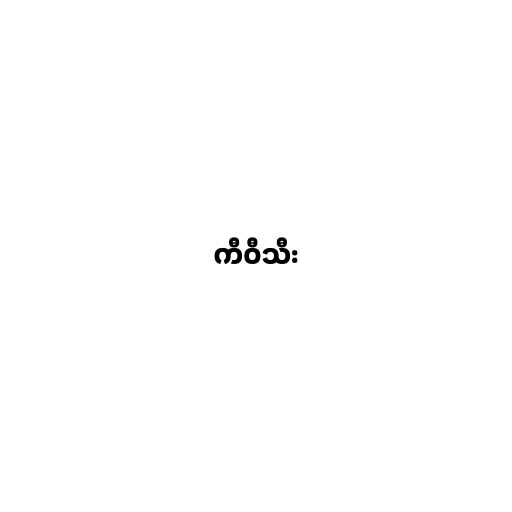
ကီဝီသီး